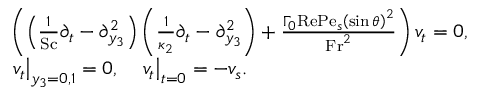
\begin{array} { r l } & { \left( \left( \frac { 1 } { \mathrm { S c } } \partial _ { t } - \partial _ { y _ { 3 } } ^ { 2 } \right) \left( \frac { 1 } { \kappa _ { 2 } } \partial _ { t } - \partial _ { y _ { 3 } } ^ { 2 } \right) + \frac { \Gamma _ { 0 } \mathrm { R e } \mathrm { P e } _ { s } \left( \sin \theta \right) ^ { 2 } } { \mathrm { F r } ^ { 2 } } \right) v _ { t } = 0 , } \\ & { \left. v _ { t } \right| _ { y _ { 3 } = 0 , 1 } = 0 , \quad \left. v _ { t } \right| _ { t = 0 } = - v _ { s } . } \end{array}